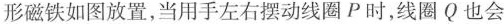
形磁铁如图放置，当用手左右摆动线圈P时，线圈Q也会